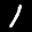
Label: 1